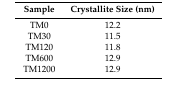
| Sample | Crystallite Size (nm) |
 | --- | --- |
 | TM0 | 12.2 |
 | TM30 | 11.5 |
 | TM120 | 11.8 |
 | TM600 | 12.9 |
 | TM1200 | 12.9 |